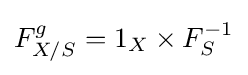
F_{X/S}^{g}=1_{X}\times F_{S}^{-1}